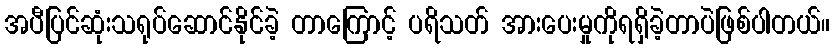
အပီပြင်ဆုံးသရုပ်ဆောင်နိုင်ခဲ့ တာကြောင့် ပရိသတ် အားပေးမှုကိုရရှိခဲ့တာပဲဖြစ်ပါတယ်။